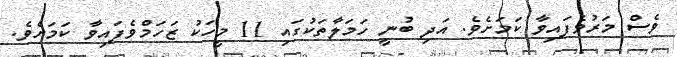
ވެސް މަރުވެފައިވާ ކަމަށެވެ. އަދި ބުނީ ހަމަލާތަކުގައި 11 މީހަކު ޒަހަމްވެފައިވާ ކަމަށެވެ.